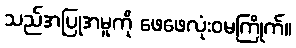
သည်အပြုအမူကို ဖေဖေလုံးဝမကြိုက်။